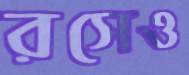
রসেও